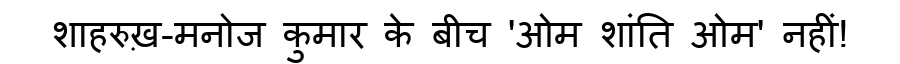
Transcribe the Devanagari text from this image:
शाहरुख़-मनोज कुमार के बीच 'ओम शांति ओम' नहीं!